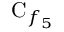
\mathrm { C } _ { f _ { 5 } }